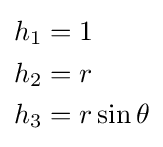
{\begin{aligned}h_{1}&=1\\h_{2}&=r\\h_{3}&=r\sin \theta \end{aligned}}